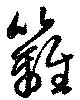
籬